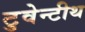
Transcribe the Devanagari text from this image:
टुवेन्टीथ